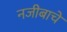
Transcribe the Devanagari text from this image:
नजीबाचे